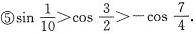
⑤$$\sin \frac{1}{10}>\cos \frac{3}{2}>-\cos \frac{7}{4}$$.